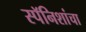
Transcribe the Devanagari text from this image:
स्पॅनिशांचा